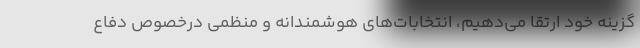
گزینه خود ارتقا می‌دهیم، انتخابات‌های هوشمندانه و منظمی درخصوص دفاع